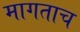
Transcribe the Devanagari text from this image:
मागताच